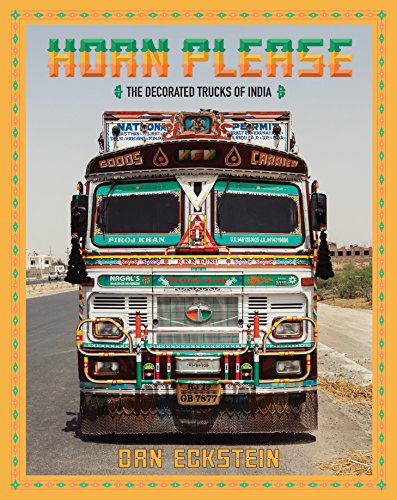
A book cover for Horn Please: The Decorated Trucks of India; Dan Eckstein; Engineering & Transportation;